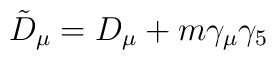
{\tilde D}_{\mu}= D_{\mu}+m\gamma_{\mu}\gamma_{5}